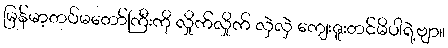
မြန်မာ့တပ်မတော်ကြီးကို လှိုက်လှိုက် လှဲလှဲ ကျေးဇူးတင်မိပါရဲ့ဗျာ။